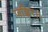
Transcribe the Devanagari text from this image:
जज्ञिर।।